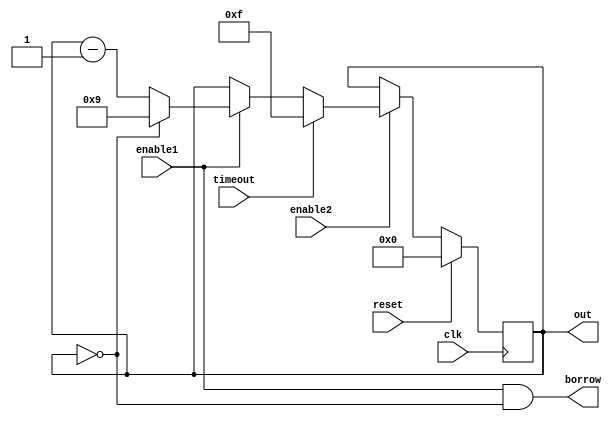
`timescale 1ns / 1ps
//////////////////////////////////////////////////////////////////////////////////
// Company: 
// Engineer: 
// 
// Design Name: 
// Module Name:    down_counter 
// Project Name: 
// Target Devices: 
// Tool versions: 
// Description: 
//
// Dependencies: 
//
// Revision: 
// Revision 0.01 - File Created
// Additional Comments: 
//
//////////////////////////////////////////////////////////////////////////////////
module down_counter(
    clk,
    reset,
    enable1,
	 enable2,
    timeout,
    out,
	 borrow    );
    parameter	init = 0;

    input	clk;
    input   reset;
    input   enable1, enable2;
    input   timeout;

    output reg	[3:0]   out;

    output borrow;


    always @(posedge clk) begin
		if (reset == 1'b1) begin
			out    <= init;
		end else begin
			if (enable2 == 1'b1) begin
				if (timeout == 1'b1) begin
					out <= 4'b1111;
				end else begin
					if (enable1 == 1'b1) begin
						if (out == 0) begin
							out <= 9;
						end else begin
							out <= out - 1;

                  end
					end
				end
			end
		end
	end

	assign borrow = (enable1 == 1'b1) && (out == 0);

endmodule